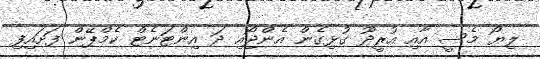
ލިޔޯ މެސީ އާއި އުރީދޫ ގުޅިގެން އެންޖޯއި ދަ އިންޓަނެޓް ކެމްޕޭން ފަށައިފި